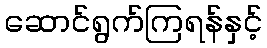
ဆောင်ရွက်ကြရန်နှင့်